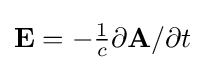
{\textstyle \mathbf {E} =-{\frac {1}{c}}\partial \mathbf {A} /\partial t}